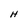
Character: H